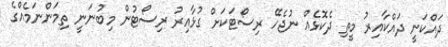
ދައްކަނީ ދައްކާއިރު މީތި ދެކޮޅެއް ނުޖެހޭ ރިސޯޓަކަށް ގުޅާއިރު ރިސޯޓުން މިބުނަނީ ތިމަންނަމެއްގެ